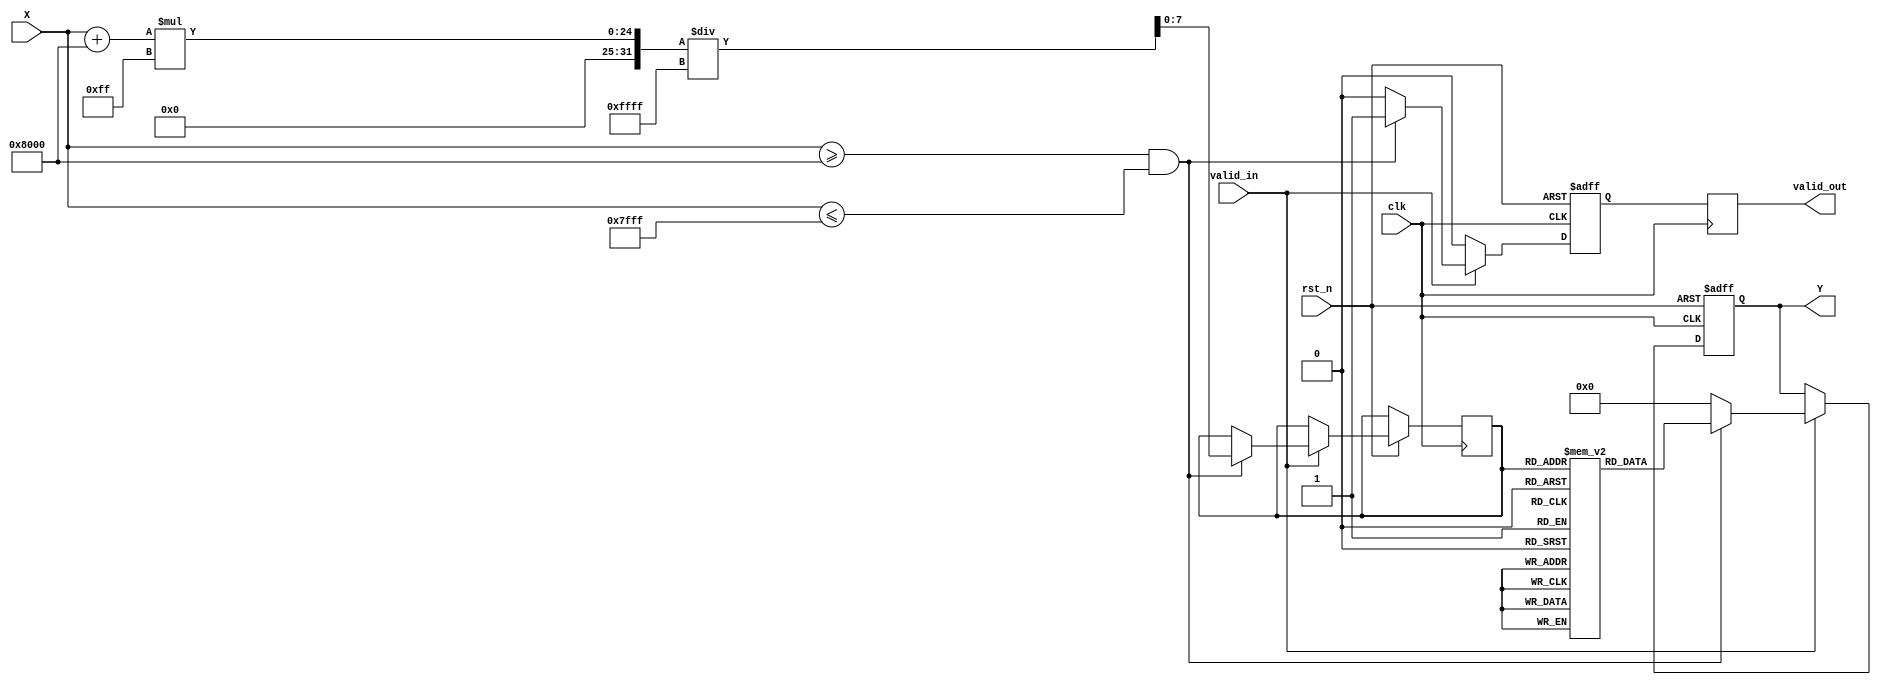
module acos_block #(
    parameter INPUT_WIDTH = 16,
    parameter OUTPUT_WIDTH = 16,
    parameter LUT_SIZE = 256 // Size of the lookup table
)(
    input  wire clk,
    input  wire rst_n,
    input  wire [INPUT_WIDTH-1:0] X, // Input signal in fixed-point representation
    input  wire valid_in,              // Input valid signal
    output reg [OUTPUT_WIDTH-1:0] Y,  // Output signal in fixed-point representation
    output reg valid_out               // Output valid signal
);

    // Lookup table for acos values (precomputed)
    reg [OUTPUT_WIDTH-1:0] lut [0:LUT_SIZE-1];
    
    // Internal signals
    reg [INPUT_WIDTH-1:0] x_reg;
    reg valid_reg;
    reg [7:0] index; // Index for LUT access

    // Initialize the lookup table with precomputed values
    initial begin
        // Populate the LUT with precomputed acos values
        // Example: lut[0] = acos(-1), lut[1] = acos(-0.996), ..., lut[255] = acos(1)
        // This should be filled with actual values for accurate computation
        // For demonstration purposes, only a few values are shown
        lut[0]   = 16'hC90F; // acos(-1) = 
        lut[255] = 16'h0000; // acos(1) = 0
        // Fill in the rest of the LUT with appropriate values
    end

    // Control logic for input processing
    always @(posedge clk or negedge rst_n) begin
        if (!rst_n) begin
            valid_reg <= 1'b0;
            Y <= 0;
        end else begin
            if (valid_in) begin
                // Check if input is within the valid range
                if (X >= 16'h8000 && X <= 16'h7FFF) begin // -1 to 1 in fixed-point
                    // Scale input to LUT index
                    index <= (X + 16'h8000) * (LUT_SIZE - 1) / 16'hFFFF; // Scale to [0, LUT_SIZE-1]
                    Y <= lut[index]; // Get the acos value from LUT
                    valid_reg <= 1'b1; // Set output valid
                end else begin
                    // Handle out of bounds input
                    Y <= 16'h0000; // Output can be set to 0 or any error code
                    valid_reg <= 1'b0; // Set output invalid
                end
            end else begin
                valid_reg <= 1'b0; // Reset valid signal if input is not valid
            end
        end
    end

    // Assign output valid signal
    always @(posedge clk) begin
        valid_out <= valid_reg;
    end

endmodule